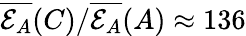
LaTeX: \overline{{\mathcal{E}_{A}}}(C)/\overline{{\mathcal{E}_{A}}}(A)\approx 136